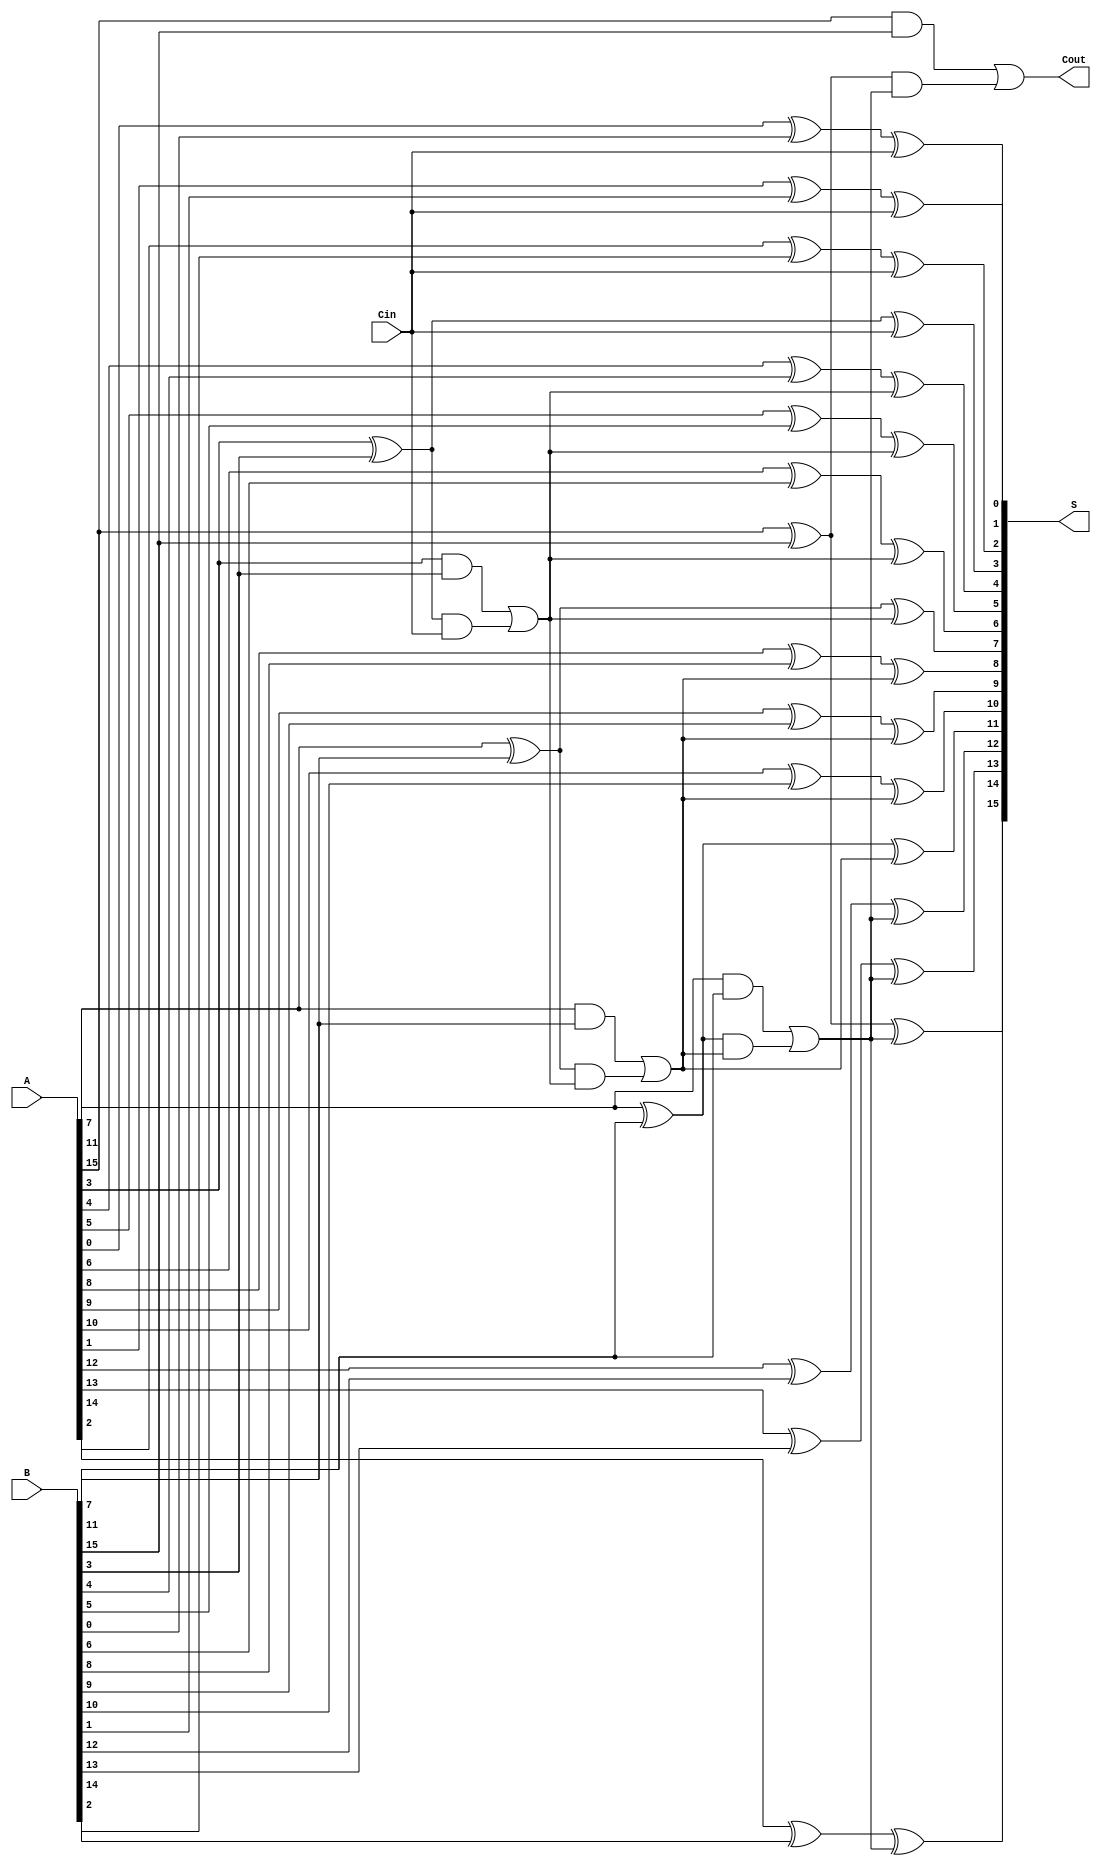
module HanCarlsonAdder #(parameter N = 16, // Total number of bits (must be a multiple of SEGMENT_SIZE)
                         parameter SEGMENT_SIZE = 4) (
    input  [N-1:0] A,    // First n-bit input
    input  [N-1:0] B,    // Second n-bit input
    input         Cin,    // Carry-in
    output [N-1:0] S,     // n-bit sum output
    output        Cout     // Carry-out output
);

// Calculate the number of segments
localparam NUM_SEGMENTS = N / SEGMENT_SIZE;

// Intermediate sums and carry out for each segment
wire [SEGMENT_SIZE-1:0] sum [0:NUM_SEGMENTS-1];
wire carry_out [0:NUM_SEGMENTS];

// Carry propagation and generation signals
wire [SEGMENT_SIZE-1:0] P [0:NUM_SEGMENTS-1]; // Propagate
wire [SEGMENT_SIZE-1:0] G [0:NUM_SEGMENTS-1]; // Generate
wire carry_in [0:NUM_SEGMENTS]; // Carry in for each segment

// Assign the carry-in for the first segment
assign carry_in[0] = Cin;

// Segment-wise logic
genvar i, j;
generate
    for (i = 0; i < NUM_SEGMENTS; i = i + 1) begin : SEGMENT
        // Calculate the indices for the inputs A and B
        for (j = 0; j < SEGMENT_SIZE; j = j + 1) begin : BIT
            // Calculate propagate and generate signals
            assign P[i][j] = A[i*SEGMENT_SIZE + j] ^ B[i*SEGMENT_SIZE + j];
            assign G[i][j] = A[i*SEGMENT_SIZE + j] & B[i*SEGMENT_SIZE + j];
        end

        // Calculate carry-out for this segment
        if (i == 0) begin
            // First segment uses the regional carry-in
            assign carry_out[i] = G[i][SEGMENT_SIZE-1] | (P[i][SEGMENT_SIZE-1] & carry_in[i]);
        end else begin
            // Subsequent segments use the previous segment's carry-out
            assign carry_out[i] = G[i][SEGMENT_SIZE-1] | (P[i][SEGMENT_SIZE-1] & carry_out[i-1]);
        end

        // Calculate sums with the corresponding carry-in
        for (j = 0; j < SEGMENT_SIZE; j = j + 1) begin : SUM
            assign sum[i][j] = P[i][j] ^ carry_in[i];
        end

        // Assign the carry-in for the next segment
        assign carry_in[i + 1] = carry_out[i];
    end
endgenerate

// Concatenate the sum bits to form the final sum output
assign S = {sum[NUM_SEGMENTS-1], sum[NUM_SEGMENTS-2], sum[NUM_SEGMENTS-3], sum[NUM_SEGMENTS-4]};

// Assign the final carry-out
assign Cout = carry_out[NUM_SEGMENTS-1];

endmodule